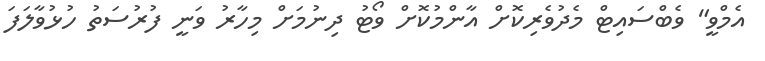
އެމްވީ" ވެބްސައިޓް މެދުވެރިކޮށް އާންމުކޮށް ވޯޓު ދިނުމަށް މިހާރު ވަނީ ފުރުސަތު ހުޅުވާލަފަ